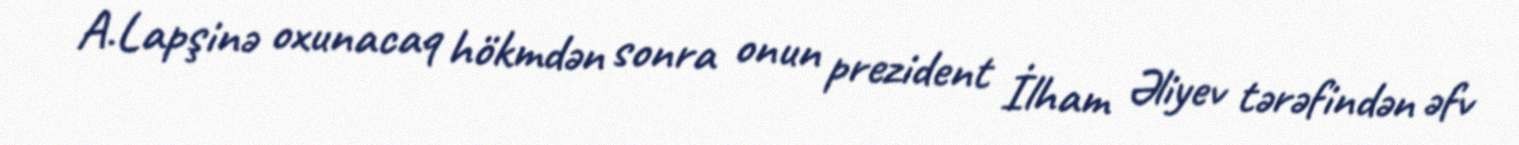
A.Lapşinə oxunacaq hökmdən sonra onun prezident İlham Əliyev tərəfindən əfv